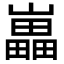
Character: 𡾋